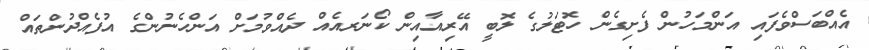
އެއްބަސްވެފައި އަންމަހުން ފެށިގެން ހޮޓަލުގެ ލޮބީ އޭރިއާއިން ކޯނަރއެއް ދެއްވުމަށް އަންހެނުންގެ އުފެއްދުންތައް